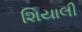
શિયાલી